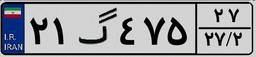
۲۱گ۴۷۵۲۷